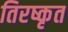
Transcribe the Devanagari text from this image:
तिरष्कृत